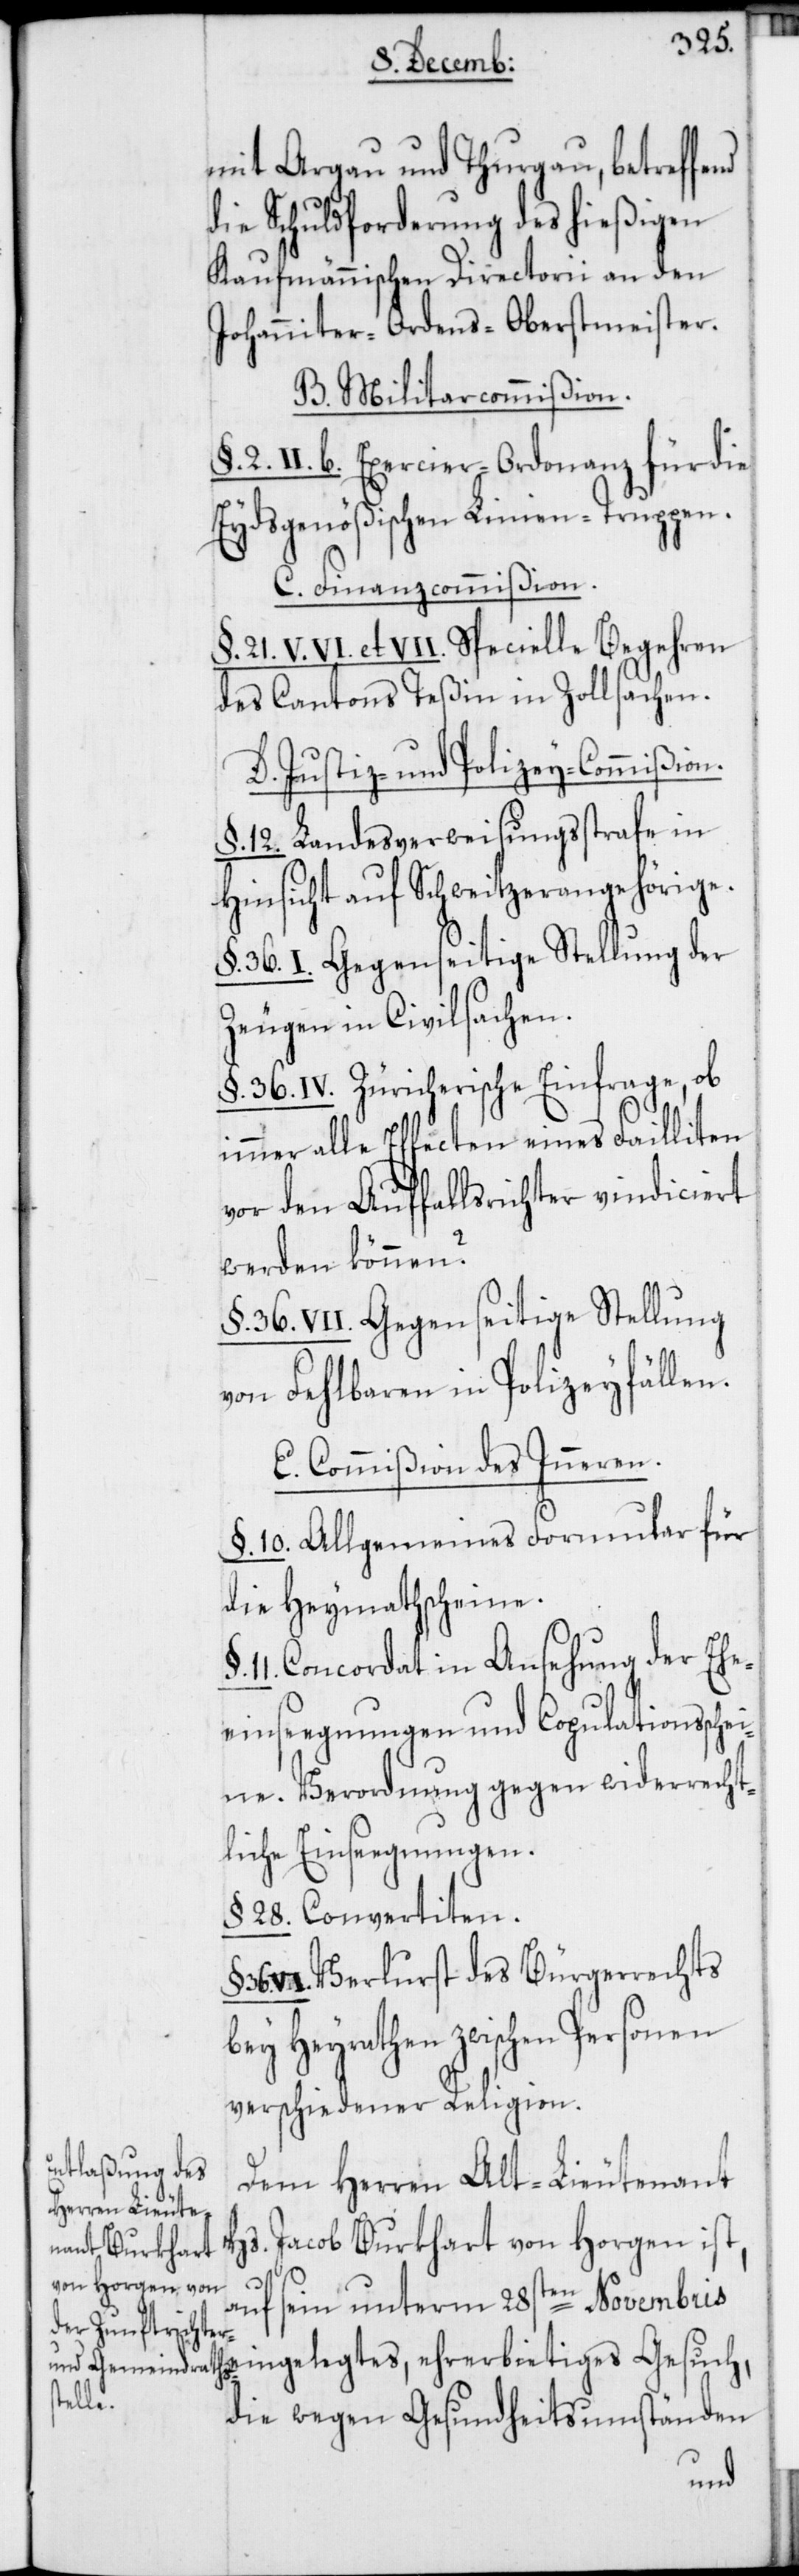
§. 36.
mit Argau und Thurgau, betreffend
die Schuldforderung des hießigen
Kaufmännischen Directorii an den
Johanniter-Ordens-Oberstmeister.
B. Militarcommißion.
2. II. b. Exercier-Ordonanz für die
Eydsgenößischen Linien-Truppen.
C. Finanzcommißion.
§. 21. V. VI. et VII. Specielle Begehren
des Cantons Teßin in Zollsachen.
D. Justiz- und Polizey-Commißion.
§. 12. Landesverweisungsstrafe in
Hinsicht auf Schweitzerangehörige.
36. I. Gegenseitige Stellung der
Zeugen in Civilsachen.
§. 36. IV. Züricherische Einfrage, ob
alle Effecten eines Failliten
vor den Auffallsrichter vindiciert
werden können?
§. 36. VII. Gegenseitige Stellung
von Fehlbaren in Polizeyfällen.
E. Commißion des Inneren.
§. 10. Allgemeines Formular für
die Heymathscheine.
11. Concordat in Ansehung der Ehe¬
einseegnungen und Copulationsschei¬
ne. Verordnung gegen widerrecht¬
liche Einsegnungen.
§. 28. Convertiten.
VI. Verlurst des Bürgerrechts
bey Heirathen zwischen Personen
verschiedener Religion.
Dem Herren Alt-Lieutenant
Hs. Jacob Burkhart von Horgen ist,
auf sein unterm 28sten Novembris
die wegen Gesundheitsumständen